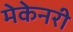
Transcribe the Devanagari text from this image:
मेकेनरी